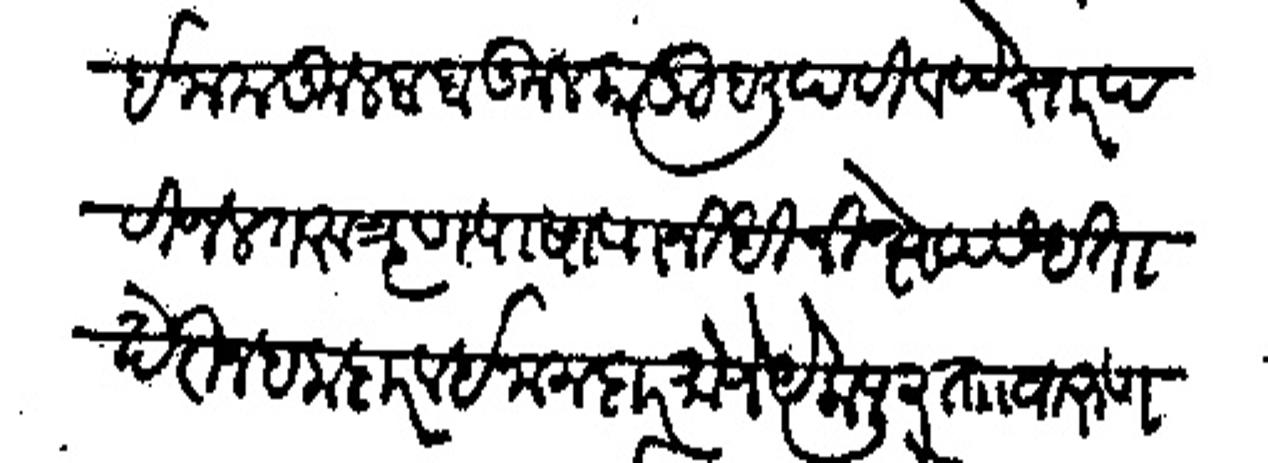
Transliteration (Devanagari): इनाम कूलबाब कूल कानू हली पटी व पेस्तर पटी जल तरु तृण पाषाण निधी निक्षेप सहीता खेरीज हकदार व इनामदार मौजे येलापूर ताा वारुण